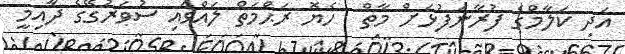
އަދި ކަލާމްގެ ފުރާނަފުޅަށް މާތް  ހެޔޮ ރަޙްމަތް ލައްވައި ސުވަރުގޭގެ ދާއިމީ